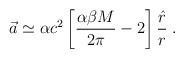
LaTeX: \begin{align*}\vec{a}\simeq\alpha c^2\left[\frac{\alpha\beta M}{2\pi}-2\right]\frac{\hat{r}}{r}\; .\end{align*}